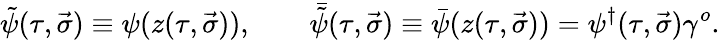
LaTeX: \tilde{\psi}(\tau,\vec{\sigma})\equiv\psi(z(\tau,\vec{\sigma})),~~~~~~~~{\bar{\tilde{\psi}}}(\tau,\vec{\sigma})\equiv\bar{\psi}(z(\tau,\vec{\sigma}))=\psi^{\dagger}(\tau,\vec{\sigma})\gamma^{o}.